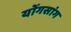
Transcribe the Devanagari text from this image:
योंगसांग